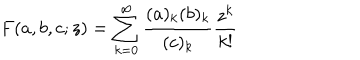
F ( a , b , c ; z ) = \sum _ { k = 0 } ^ { \infty } \frac { ( a ) _ { k } ( b ) _ { k } } { ( c ) _ { k } } \frac { z ^ { k } } { k ! }